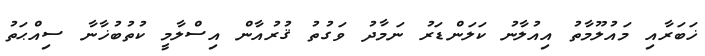
ޚަބަރާއި މައުލޫމާތު އިއުލާނު ކަލަންޑަރު ނަމާދު ވަގުތު ޤުރުއާން އިސްލާމީ ކުތުބުޚާނާ ސިއްޙަތު